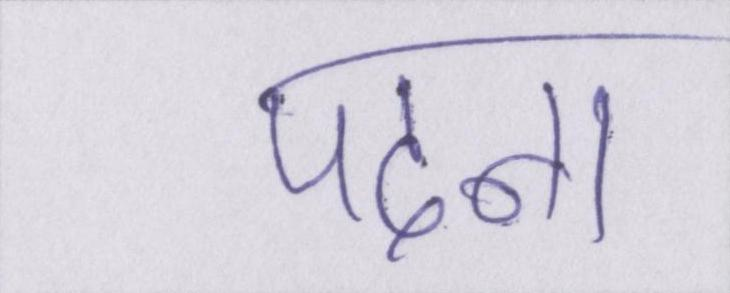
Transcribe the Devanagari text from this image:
पढाना